Civil Veterinary Department. Madras. Admin. report 1926-33 - 1926-1933
Year: 1926
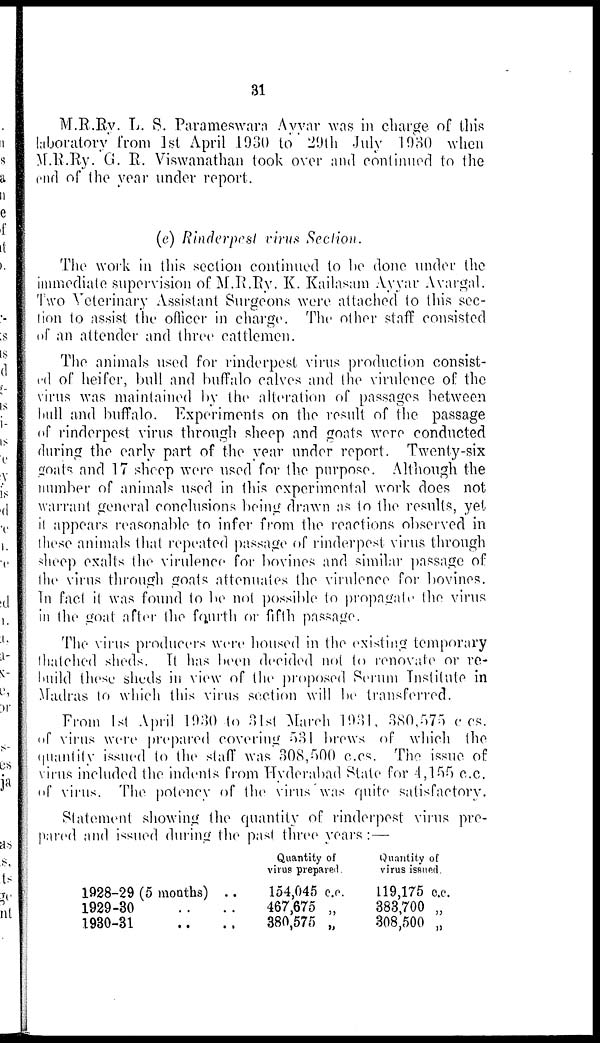
31
M.R.Ry. L. S. Parameswara Ayyar was in charge of this
laboratory from 1st April 1930 to 29th July 1930 when
M.R.Ry. G. R. Viswanathan took over and continued to the
end of the year under report.
(e) Rinderpest virus Section.
The work in this section continued to be done under the
immediate supervision of M.R.Ry. K. Kailasam Ayyar Avargal.
Two Veterinary Assistant Surgeons were attached to this sec-
tion to assist the officer in charge. The other staff consisted
of an attender and three cattlemen.
The animals used for rinderpest virus production consist-
ed of heifer, bull and buffalo calves and the virulence of the
virus was maintained by the alteration of passages between
hull and buffalo. Experiments on the result of the passage
of rinderpest virus through sheep and goats were conducted
during the early part of the year under report. Twenty-six
goats and 17 sheep were used for the purpose. Although the
number of animals used in this experimental work does not
warrant general conclusions being drawn as to the results, yet
it appears reasonable to infer from the reactions observed in
these animals that repeated passage of rinderpest virus through
sheep exalts the virulence for bovines and similar passage of
the virus through goats attenuates the virulence for bovines.
In fact it was found to be not possible to propagate the virus
in the goat after the fourth or fifth passage.
The virus producers were housed in the existing temporary
thatched sheds. It has been decided not to renovate or re-
build these sheds in view of the proposed Serum Institute in
Madras to which this virus section will be transferred.
From 1st April 1930 to 31st March 1931, 380,575 c. cs.
of virus were prepared covering 531 brews of which the
quantity issued to the staff was 308,500 c.cs. The issue of
virus included the indents from Hyderabad State for 4,155 c.c.
of virus. The potency of the virus was quite satisfactory.
Statement showing the quantity of rinderpest virus pre-
pared and issued during the past three years :—
1928-29 (5 months) ..
1929-30 .. ..
1930-31 .. ..
Quantity of
virus prepared.
154,045 c. c.
467,675 „
380,575 „
Quantity of
virus issued.
119,175 c.c.
383,700 „
308,500 „